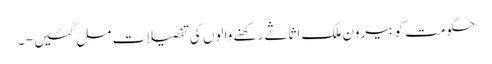
حکومت کو بیرون ملک اثاثے رکھنے والوں کی تفصیلات مل گئیں - ۔